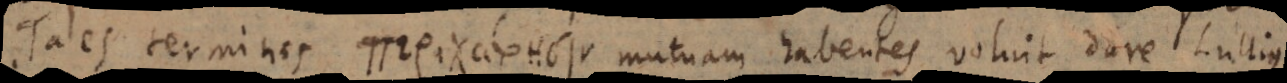
Tales terminos περιχω ρησιν mutuam habentes voluit dare Lullius.